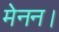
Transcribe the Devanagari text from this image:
मेनन।